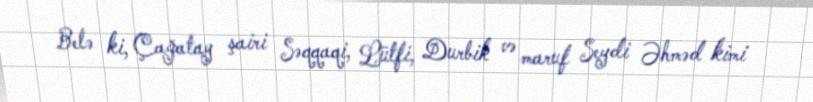
Belə ki, Çağatay şairi Səqqaqi, Lütfi, Durbik və maruf Seydi Əhməd kimi